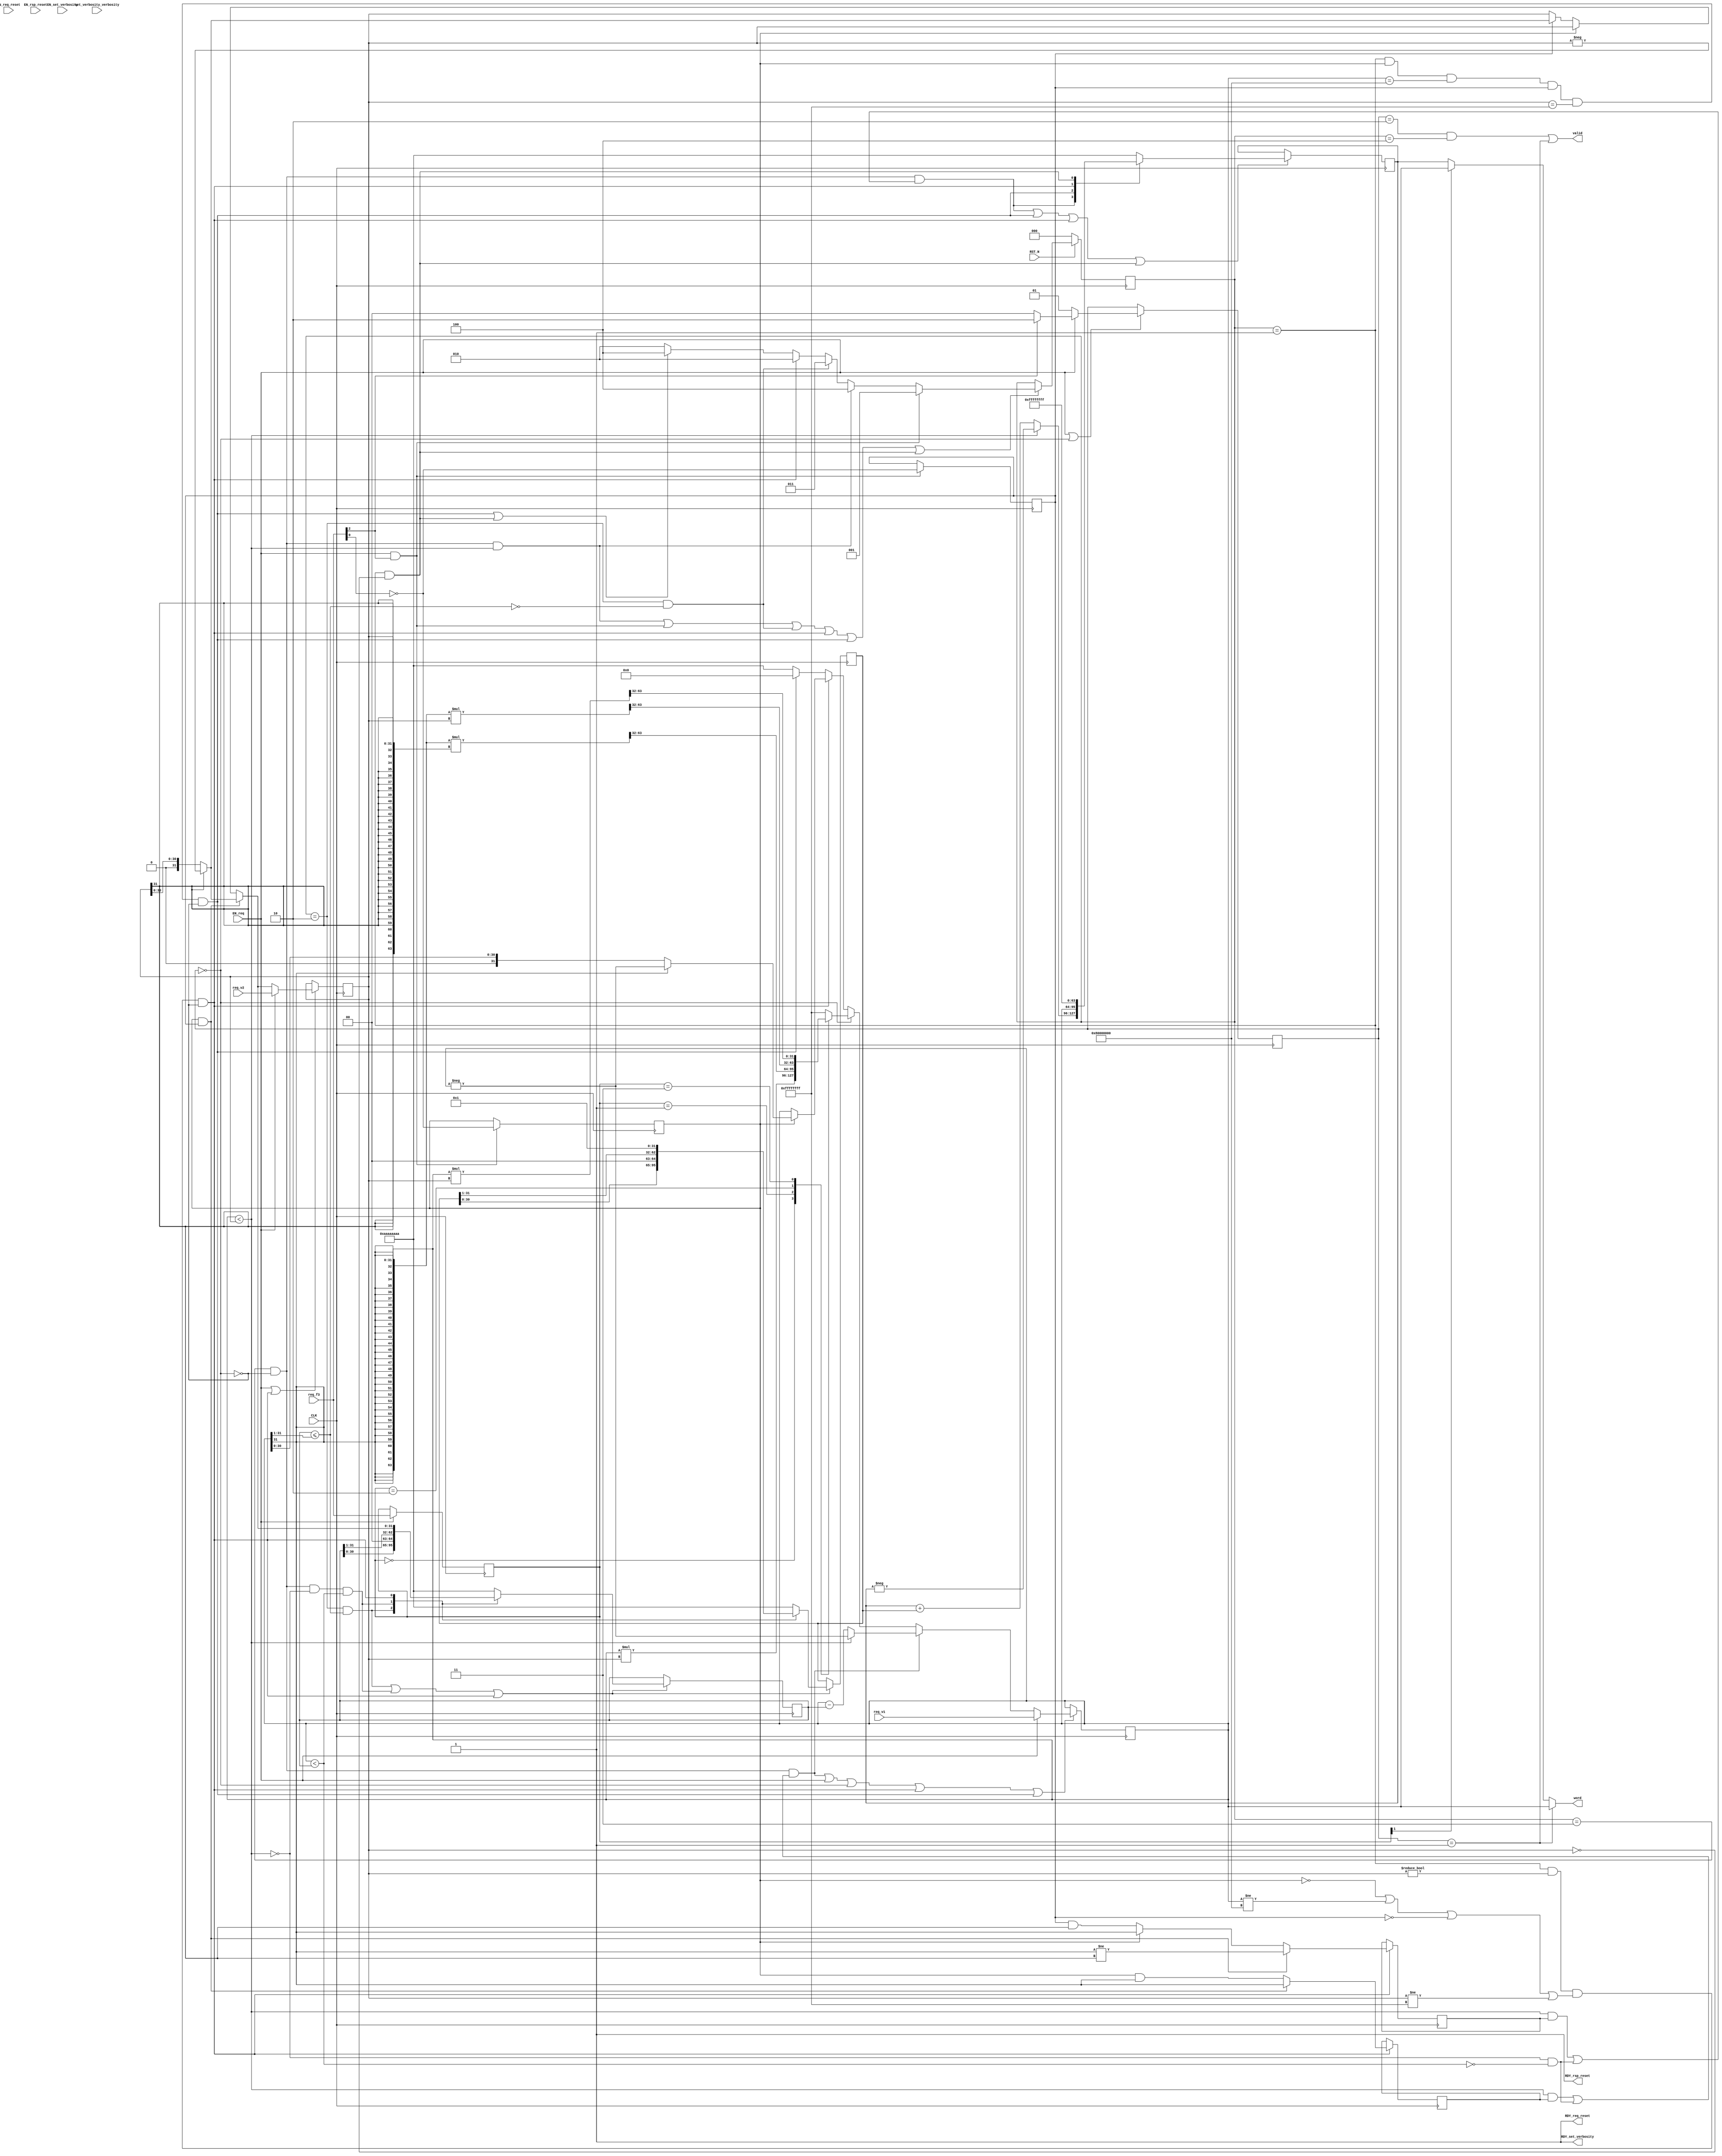
//
// Generated by Bluespec Compiler, version 2016.03.beta1 (build 34761, 2016-03-16)
//
// On Sat Jul  9 18:53:30 EDT 2016
//
//
// Ports:
// Name                         I/O  size props
// RDY_set_verbosity              O     1 const
// RDY_req_reset                  O     1 const
// RDY_rsp_reset                  O     1 const
// valid                          O     1
// word                           O    32
// CLK                            I     1 clock
// RST_N                          I     1 reset
// set_verbosity_verbosity        I     4 reg
// req_f3                         I     3
// req_v1                         I    32
// req_v2                         I    32
// EN_set_verbosity               I     1
// EN_req_reset                   I     1 unused
// EN_rsp_reset                   I     1 unused
// EN_req                         I     1
//
// No combinational paths from inputs to outputs
//
//

`ifdef BSV_ASSIGNMENT_DELAY
`else
  `define BSV_ASSIGNMENT_DELAY
`endif

`ifdef BSV_POSITIVE_RESET
  `define BSV_RESET_VALUE 1'b1
  `define BSV_RESET_EDGE posedge
`else
  `define BSV_RESET_VALUE 1'b0
  `define BSV_RESET_EDGE negedge
`endif

module mkRISCV_MBox(CLK,
		    RST_N,

		    set_verbosity_verbosity,
		    EN_set_verbosity,
		    RDY_set_verbosity,

		    EN_req_reset,
		    RDY_req_reset,

		    EN_rsp_reset,
		    RDY_rsp_reset,

		    req_f3,
		    req_v1,
		    req_v2,
		    EN_req,

		    valid,

		    word);
  input  CLK;
  input  RST_N;

  // action method set_verbosity
  input  [3 : 0] set_verbosity_verbosity;
  input  EN_set_verbosity;
  output RDY_set_verbosity;

  // action method req_reset
  input  EN_req_reset;
  output RDY_req_reset;

  // action method rsp_reset
  input  EN_rsp_reset;
  output RDY_rsp_reset;

  // action method req
  input  [2 : 0] req_f3;
  input  [31 : 0] req_v1;
  input  [31 : 0] req_v2;
  input  EN_req;

  // value method valid
  output valid;

  // value method word
  output [31 : 0] word;

  // signals for module outputs
  wire [31 : 0] word;
  wire RDY_req_reset, RDY_rsp_reset, RDY_set_verbosity, valid;

  // inlined wires
  wire dw_valid$whas;

  // register cfg_verbosity
  reg [3 : 0] cfg_verbosity;
  wire [3 : 0] cfg_verbosity$D_IN;
  wire cfg_verbosity$EN;

  // register intDiv_rg_denom2
  reg [31 : 0] intDiv_rg_denom2;
  reg [31 : 0] intDiv_rg_denom2$D_IN;
  wire intDiv_rg_denom2$EN;

  // register intDiv_rg_denom_is_signed
  reg intDiv_rg_denom_is_signed;
  wire intDiv_rg_denom_is_signed$D_IN, intDiv_rg_denom_is_signed$EN;

  // register intDiv_rg_n
  reg [31 : 0] intDiv_rg_n;
  reg [31 : 0] intDiv_rg_n$D_IN;
  wire intDiv_rg_n$EN;

  // register intDiv_rg_numer_is_signed
  reg intDiv_rg_numer_is_signed;
  wire intDiv_rg_numer_is_signed$D_IN, intDiv_rg_numer_is_signed$EN;

  // register intDiv_rg_quo
  reg [31 : 0] intDiv_rg_quo;
  reg [31 : 0] intDiv_rg_quo$D_IN;
  wire intDiv_rg_quo$EN;

  // register intDiv_rg_quoIsNeg
  reg intDiv_rg_quoIsNeg;
  wire intDiv_rg_quoIsNeg$D_IN, intDiv_rg_quoIsNeg$EN;

  // register intDiv_rg_remIsNeg
  reg intDiv_rg_remIsNeg;
  wire intDiv_rg_remIsNeg$D_IN, intDiv_rg_remIsNeg$EN;

  // register intDiv_rg_state
  reg [2 : 0] intDiv_rg_state;
  reg [2 : 0] intDiv_rg_state$D_IN;
  wire intDiv_rg_state$EN;

  // register rg_f3
  reg [2 : 0] rg_f3;
  wire [2 : 0] rg_f3$D_IN;
  wire rg_f3$EN;

  // register rg_state
  reg [1 : 0] rg_state;
  wire [1 : 0] rg_state$D_IN;
  wire rg_state$EN;

  // register rg_v1
  reg [31 : 0] rg_v1;
  reg [31 : 0] rg_v1$D_IN;
  wire rg_v1$EN;

  // register rg_v2
  reg [31 : 0] rg_v2;
  wire [31 : 0] rg_v2$D_IN;
  wire rg_v2$EN;

  // rule scheduling signals
  wire CAN_FIRE_RL_intDiv_rl_loop1,
       CAN_FIRE_RL_intDiv_rl_loop2,
       CAN_FIRE_RL_intDiv_rl_start_div_by_zero,
       CAN_FIRE_RL_intDiv_rl_start_overflow,
       CAN_FIRE_RL_intDiv_rl_start_s,
       CAN_FIRE_RL_rg_div_rem,
       CAN_FIRE_RL_rl_mul,
       CAN_FIRE_RL_rl_mul2,
       CAN_FIRE_req,
       CAN_FIRE_req_reset,
       CAN_FIRE_rsp_reset,
       CAN_FIRE_set_verbosity,
       WILL_FIRE_RL_intDiv_rl_loop1,
       WILL_FIRE_RL_intDiv_rl_loop2,
       WILL_FIRE_RL_intDiv_rl_start_div_by_zero,
       WILL_FIRE_RL_intDiv_rl_start_overflow,
       WILL_FIRE_RL_intDiv_rl_start_s,
       WILL_FIRE_RL_rg_div_rem,
       WILL_FIRE_RL_rl_mul,
       WILL_FIRE_RL_rl_mul2,
       WILL_FIRE_req,
       WILL_FIRE_req_reset,
       WILL_FIRE_rsp_reset,
       WILL_FIRE_set_verbosity;

  // inputs to muxes for submodule ports
  reg [31 : 0] MUX_rg_v1$write_1__VAL_3;
  wire [31 : 0] MUX_dw_result$wset_1__VAL_2,
		MUX_intDiv_rg_denom2$write_1__VAL_1,
		MUX_intDiv_rg_denom2$write_1__VAL_2,
		MUX_intDiv_rg_denom2$write_1__VAL_3,
		MUX_intDiv_rg_n$write_1__VAL_1,
		MUX_intDiv_rg_n$write_1__VAL_2,
		MUX_intDiv_rg_quo$write_1__VAL_1,
		MUX_rg_v1$write_1__VAL_2,
		MUX_rg_v1$write_1__VAL_4;
  wire [1 : 0] MUX_rg_state$write_1__VAL_1;
  wire MUX_intDiv_rg_denom2$write_1__SEL_1,
       MUX_intDiv_rg_denom2$write_1__SEL_2,
       MUX_intDiv_rg_quo$write_1__SEL_1,
       MUX_intDiv_rg_state$write_1__SEL_1,
       MUX_intDiv_rg_state$write_1__SEL_2,
       MUX_intDiv_rg_state$write_1__SEL_3,
       MUX_rg_v1$write_1__SEL_2;

  // remaining internal signals
  reg [31 : 0] v__h3220, v__h3226;
  wire [127 : 0] SEXT_rg_v1__8_MUL_0_CONCAT_rg_v2_03___d106,
		 SEXT_rg_v1__8_MUL_SEXT_rg_v2__9___d100,
		 _0_CONCAT_rg_v1_02_MUL_0_CONCAT_rg_v2_03___d104;
  wire [63 : 0] SEXT_rg_v1____d98, rg_v1_MUL_rg_v2___d96, v1__h3114;
  wire [31 : 0] _theResult___fst__h756,
		_theResult___snd_fst__h751,
		denom___1__h698,
		numer___1__h697,
		x__h2580,
		x__h2666,
		x__h2736,
		x__h2751,
		y__h2459;
  wire IF_intDiv_rg_numer_is_signed_THEN_rg_v1_BIT_31_ETC___d39,
       intDiv_rg_denom2_4_ULE_0_CONCAT_rg_v1_BITS_31__ETC___d47,
       rg_v1_ULT_intDiv_rg_denom2_4___d59,
       rg_v1_ULT_rg_v2___d55;

  // action method set_verbosity
  assign RDY_set_verbosity = 1'd1 ;
  assign CAN_FIRE_set_verbosity = 1'd1 ;
  assign WILL_FIRE_set_verbosity = EN_set_verbosity ;

  // action method req_reset
  assign RDY_req_reset = 1'd1 ;
  assign CAN_FIRE_req_reset = 1'd1 ;
  assign WILL_FIRE_req_reset = EN_req_reset ;

  // action method rsp_reset
  assign RDY_rsp_reset = 1'd1 ;
  assign CAN_FIRE_rsp_reset = 1'd1 ;
  assign WILL_FIRE_rsp_reset = EN_rsp_reset ;

  // action method req
  assign CAN_FIRE_req = 1'd1 ;
  assign WILL_FIRE_req = EN_req ;

  // value method valid
  assign valid = dw_valid$whas ;

  // value method word
  assign word = WILL_FIRE_RL_rl_mul2 ? rg_v1 : MUX_dw_result$wset_1__VAL_2 ;

  // rule RL_rl_mul2
  assign CAN_FIRE_RL_rl_mul2 = rg_state == 2'd1 ;
  assign WILL_FIRE_RL_rl_mul2 = CAN_FIRE_RL_rl_mul2 ;

  // rule RL_rg_div_rem
  assign CAN_FIRE_RL_rg_div_rem =
	     rg_state == 2'd2 && intDiv_rg_state == 3'd4 ;
  assign WILL_FIRE_RL_rg_div_rem = CAN_FIRE_RL_rg_div_rem ;

  // rule RL_intDiv_rl_start_div_by_zero
  assign CAN_FIRE_RL_intDiv_rl_start_div_by_zero =
	     intDiv_rg_state == 3'd1 && rg_v2 == 32'd0 ;
  assign WILL_FIRE_RL_intDiv_rl_start_div_by_zero =
	     CAN_FIRE_RL_intDiv_rl_start_div_by_zero ;

  // rule RL_intDiv_rl_start_overflow
  assign CAN_FIRE_RL_intDiv_rl_start_overflow =
	     intDiv_rg_state == 3'd1 && intDiv_rg_numer_is_signed &&
	     rg_v1 == 32'h80000000 &&
	     intDiv_rg_denom_is_signed &&
	     rg_v2 == 32'hFFFFFFFF ;
  assign WILL_FIRE_RL_intDiv_rl_start_overflow =
	     CAN_FIRE_RL_intDiv_rl_start_overflow && !WILL_FIRE_RL_rl_mul ;

  // rule RL_intDiv_rl_start_s
  assign CAN_FIRE_RL_intDiv_rl_start_s =
	     intDiv_rg_state == 3'd1 && rg_v2 != 32'd0 &&
	     (!intDiv_rg_numer_is_signed || rg_v1 != 32'h80000000 ||
	      !intDiv_rg_denom_is_signed ||
	      rg_v2 != 32'hFFFFFFFF) ;
  assign WILL_FIRE_RL_intDiv_rl_start_s =
	     CAN_FIRE_RL_intDiv_rl_start_s && !WILL_FIRE_RL_rl_mul ;

  // rule RL_intDiv_rl_loop1
  assign CAN_FIRE_RL_intDiv_rl_loop1 = intDiv_rg_state == 3'd2 ;
  assign WILL_FIRE_RL_intDiv_rl_loop1 = CAN_FIRE_RL_intDiv_rl_loop1 ;

  // rule RL_rl_mul
  assign CAN_FIRE_RL_rl_mul = rg_state == 2'd0 ;
  assign WILL_FIRE_RL_rl_mul = rg_state == 2'd0 ;

  // rule RL_intDiv_rl_loop2
  assign CAN_FIRE_RL_intDiv_rl_loop2 = intDiv_rg_state == 3'd3 ;
  assign WILL_FIRE_RL_intDiv_rl_loop2 =
	     CAN_FIRE_RL_intDiv_rl_loop2 && !WILL_FIRE_RL_rl_mul ;

  // inputs to muxes for submodule ports
  assign MUX_intDiv_rg_denom2$write_1__SEL_1 =
	     WILL_FIRE_RL_intDiv_rl_loop1 &&
	     intDiv_rg_denom2_4_ULE_0_CONCAT_rg_v1_BITS_31__ETC___d47 ;
  assign MUX_intDiv_rg_denom2$write_1__SEL_2 =
	     WILL_FIRE_RL_intDiv_rl_loop2 && !rg_v1_ULT_rg_v2___d55 &&
	     rg_v1_ULT_intDiv_rg_denom2_4___d59 ;
  assign MUX_intDiv_rg_quo$write_1__SEL_1 =
	     WILL_FIRE_RL_intDiv_rl_loop2 &&
	     (rg_v1_ULT_rg_v2___d55 && intDiv_rg_quoIsNeg ||
	      !rg_v1_ULT_rg_v2___d55 && !rg_v1_ULT_intDiv_rg_denom2_4___d59) ;
  assign MUX_intDiv_rg_state$write_1__SEL_1 = EN_req && req_f3[2] ;
  assign MUX_intDiv_rg_state$write_1__SEL_2 =
	     WILL_FIRE_RL_intDiv_rl_loop2 && rg_v1_ULT_rg_v2___d55 ;
  assign MUX_intDiv_rg_state$write_1__SEL_3 =
	     WILL_FIRE_RL_intDiv_rl_loop1 &&
	     !intDiv_rg_denom2_4_ULE_0_CONCAT_rg_v1_BITS_31__ETC___d47 ;
  assign MUX_rg_v1$write_1__SEL_2 =
	     WILL_FIRE_RL_intDiv_rl_loop2 &&
	     (rg_v1_ULT_rg_v2___d55 && intDiv_rg_remIsNeg ||
	      !rg_v1_ULT_rg_v2___d55 && !rg_v1_ULT_intDiv_rg_denom2_4___d59) ;
  assign MUX_dw_result$wset_1__VAL_2 = rg_f3[1] ? rg_v1 : intDiv_rg_quo ;
  assign MUX_intDiv_rg_denom2$write_1__VAL_1 =
	     { intDiv_rg_denom2[30:0], 1'd0 } ;
  assign MUX_intDiv_rg_denom2$write_1__VAL_2 =
	     { 1'd0, intDiv_rg_denom2[31:1] } ;
  assign MUX_intDiv_rg_denom2$write_1__VAL_3 =
	     (intDiv_rg_numer_is_signed && intDiv_rg_denom_is_signed) ?
	       denom___1__h698 :
	       _theResult___snd_fst__h751 ;
  assign MUX_intDiv_rg_n$write_1__VAL_1 = { intDiv_rg_n[30:0], 1'd0 } ;
  assign MUX_intDiv_rg_n$write_1__VAL_2 = { 1'd0, intDiv_rg_n[31:1] } ;
  assign MUX_intDiv_rg_quo$write_1__VAL_1 =
	     rg_v1_ULT_rg_v2___d55 ? x__h2666 : x__h2751 ;
  assign MUX_rg_state$write_1__VAL_1 = req_f3[2] ? 2'd2 : 2'd0 ;
  assign MUX_rg_v1$write_1__VAL_2 =
	     rg_v1_ULT_rg_v2___d55 ? x__h2736 : x__h2580 ;
  always@(rg_f3 or
	  rg_v1_MUL_rg_v2___d96 or
	  SEXT_rg_v1__8_MUL_SEXT_rg_v2__9___d100 or
	  SEXT_rg_v1__8_MUL_0_CONCAT_rg_v2_03___d106 or
	  _0_CONCAT_rg_v1_02_MUL_0_CONCAT_rg_v2_03___d104)
  begin
    case (rg_f3)
      3'b0: MUX_rg_v1$write_1__VAL_3 = rg_v1_MUL_rg_v2___d96[31:0];
      3'b001:
	  MUX_rg_v1$write_1__VAL_3 =
	      SEXT_rg_v1__8_MUL_SEXT_rg_v2__9___d100[63:32];
      3'b010:
	  MUX_rg_v1$write_1__VAL_3 =
	      SEXT_rg_v1__8_MUL_0_CONCAT_rg_v2_03___d106[63:32];
      3'b011:
	  MUX_rg_v1$write_1__VAL_3 =
	      _0_CONCAT_rg_v1_02_MUL_0_CONCAT_rg_v2_03___d104[63:32];
      default: MUX_rg_v1$write_1__VAL_3 = 32'hFFFFFFFF;
    endcase
  end
  assign MUX_rg_v1$write_1__VAL_4 =
	     intDiv_rg_numer_is_signed ? numer___1__h697 : rg_v1 ;

  // inlined wires
  assign dw_valid$whas = WILL_FIRE_RL_rg_div_rem || WILL_FIRE_RL_rl_mul2 ;

  // register cfg_verbosity
  assign cfg_verbosity$D_IN = set_verbosity_verbosity ;
  assign cfg_verbosity$EN = EN_set_verbosity ;

  // register intDiv_rg_denom2
  always@(MUX_intDiv_rg_denom2$write_1__SEL_1 or
	  MUX_intDiv_rg_denom2$write_1__VAL_1 or
	  MUX_intDiv_rg_denom2$write_1__SEL_2 or
	  MUX_intDiv_rg_denom2$write_1__VAL_2 or
	  WILL_FIRE_RL_intDiv_rl_start_s or
	  MUX_intDiv_rg_denom2$write_1__VAL_3)
  begin
    case (1'b1) // synopsys parallel_case
      MUX_intDiv_rg_denom2$write_1__SEL_1:
	  intDiv_rg_denom2$D_IN = MUX_intDiv_rg_denom2$write_1__VAL_1;
      MUX_intDiv_rg_denom2$write_1__SEL_2:
	  intDiv_rg_denom2$D_IN = MUX_intDiv_rg_denom2$write_1__VAL_2;
      WILL_FIRE_RL_intDiv_rl_start_s:
	  intDiv_rg_denom2$D_IN = MUX_intDiv_rg_denom2$write_1__VAL_3;
      default: intDiv_rg_denom2$D_IN = 32'hAAAAAAAA /* unspecified value */ ;
    endcase
  end
  assign intDiv_rg_denom2$EN =
	     WILL_FIRE_RL_intDiv_rl_loop1 &&
	     intDiv_rg_denom2_4_ULE_0_CONCAT_rg_v1_BITS_31__ETC___d47 ||
	     WILL_FIRE_RL_intDiv_rl_loop2 && !rg_v1_ULT_rg_v2___d55 &&
	     rg_v1_ULT_intDiv_rg_denom2_4___d59 ||
	     WILL_FIRE_RL_intDiv_rl_start_s ;

  // register intDiv_rg_denom_is_signed
  assign intDiv_rg_denom_is_signed$D_IN = !req_f3[0] ;
  assign intDiv_rg_denom_is_signed$EN = MUX_intDiv_rg_state$write_1__SEL_1 ;

  // register intDiv_rg_n
  always@(MUX_intDiv_rg_denom2$write_1__SEL_1 or
	  MUX_intDiv_rg_n$write_1__VAL_1 or
	  MUX_intDiv_rg_denom2$write_1__SEL_2 or
	  MUX_intDiv_rg_n$write_1__VAL_2 or WILL_FIRE_RL_intDiv_rl_start_s)
  begin
    case (1'b1) // synopsys parallel_case
      MUX_intDiv_rg_denom2$write_1__SEL_1:
	  intDiv_rg_n$D_IN = MUX_intDiv_rg_n$write_1__VAL_1;
      MUX_intDiv_rg_denom2$write_1__SEL_2:
	  intDiv_rg_n$D_IN = MUX_intDiv_rg_n$write_1__VAL_2;
      WILL_FIRE_RL_intDiv_rl_start_s: intDiv_rg_n$D_IN = 32'd1;
      default: intDiv_rg_n$D_IN = 32'hAAAAAAAA /* unspecified value */ ;
    endcase
  end
  assign intDiv_rg_n$EN =
	     WILL_FIRE_RL_intDiv_rl_loop1 &&
	     intDiv_rg_denom2_4_ULE_0_CONCAT_rg_v1_BITS_31__ETC___d47 ||
	     WILL_FIRE_RL_intDiv_rl_loop2 && !rg_v1_ULT_rg_v2___d55 &&
	     rg_v1_ULT_intDiv_rg_denom2_4___d59 ||
	     WILL_FIRE_RL_intDiv_rl_start_s ;

  // register intDiv_rg_numer_is_signed
  assign intDiv_rg_numer_is_signed$D_IN = !req_f3[0] ;
  assign intDiv_rg_numer_is_signed$EN = MUX_intDiv_rg_state$write_1__SEL_1 ;

  // register intDiv_rg_quo
  always@(MUX_intDiv_rg_quo$write_1__SEL_1 or
	  MUX_intDiv_rg_quo$write_1__VAL_1 or
	  WILL_FIRE_RL_intDiv_rl_start_overflow or
	  rg_v1 or
	  WILL_FIRE_RL_intDiv_rl_start_s or
	  WILL_FIRE_RL_intDiv_rl_start_div_by_zero)
  begin
    case (1'b1) // synopsys parallel_case
      MUX_intDiv_rg_quo$write_1__SEL_1:
	  intDiv_rg_quo$D_IN = MUX_intDiv_rg_quo$write_1__VAL_1;
      WILL_FIRE_RL_intDiv_rl_start_overflow: intDiv_rg_quo$D_IN = rg_v1;
      WILL_FIRE_RL_intDiv_rl_start_s: intDiv_rg_quo$D_IN = 32'd0;
      WILL_FIRE_RL_intDiv_rl_start_div_by_zero:
	  intDiv_rg_quo$D_IN = 32'hFFFFFFFF;
      default: intDiv_rg_quo$D_IN = 32'hAAAAAAAA /* unspecified value */ ;
    endcase
  end
  assign intDiv_rg_quo$EN =
	     MUX_intDiv_rg_quo$write_1__SEL_1 ||
	     WILL_FIRE_RL_intDiv_rl_start_overflow ||
	     WILL_FIRE_RL_intDiv_rl_start_s ||
	     WILL_FIRE_RL_intDiv_rl_start_div_by_zero ;

  // register intDiv_rg_quoIsNeg
  assign intDiv_rg_quoIsNeg$D_IN =
	     (intDiv_rg_numer_is_signed && intDiv_rg_denom_is_signed) ?
	       rg_v1[31] != rg_v2[31] :
	       IF_intDiv_rg_numer_is_signed_THEN_rg_v1_BIT_31_ETC___d39 ;
  assign intDiv_rg_quoIsNeg$EN = WILL_FIRE_RL_intDiv_rl_start_s ;

  // register intDiv_rg_remIsNeg
  assign intDiv_rg_remIsNeg$D_IN =
	     (intDiv_rg_numer_is_signed && intDiv_rg_denom_is_signed) ?
	       rg_v1[31] :
	       intDiv_rg_numer_is_signed && rg_v1[31] ;
  assign intDiv_rg_remIsNeg$EN = WILL_FIRE_RL_intDiv_rl_start_s ;

  // register intDiv_rg_state
  always@(MUX_intDiv_rg_state$write_1__SEL_1 or
	  MUX_intDiv_rg_state$write_1__SEL_2 or
	  MUX_intDiv_rg_state$write_1__SEL_3 or
	  WILL_FIRE_RL_intDiv_rl_start_s or
	  WILL_FIRE_RL_intDiv_rl_start_overflow or
	  WILL_FIRE_RL_intDiv_rl_start_div_by_zero)
  case (1'b1)
    MUX_intDiv_rg_state$write_1__SEL_1: intDiv_rg_state$D_IN = 3'd1;
    MUX_intDiv_rg_state$write_1__SEL_2: intDiv_rg_state$D_IN = 3'd4;
    MUX_intDiv_rg_state$write_1__SEL_3: intDiv_rg_state$D_IN = 3'd3;
    WILL_FIRE_RL_intDiv_rl_start_s: intDiv_rg_state$D_IN = 3'd2;
    WILL_FIRE_RL_intDiv_rl_start_overflow ||
    WILL_FIRE_RL_intDiv_rl_start_div_by_zero:
	intDiv_rg_state$D_IN = 3'd4;
    default: intDiv_rg_state$D_IN = 3'b010 /* unspecified value */ ;
  endcase
  assign intDiv_rg_state$EN =
	     WILL_FIRE_RL_intDiv_rl_loop2 && rg_v1_ULT_rg_v2___d55 ||
	     EN_req && req_f3[2] ||
	     WILL_FIRE_RL_intDiv_rl_loop1 &&
	     !intDiv_rg_denom2_4_ULE_0_CONCAT_rg_v1_BITS_31__ETC___d47 ||
	     WILL_FIRE_RL_intDiv_rl_start_s ||
	     WILL_FIRE_RL_intDiv_rl_start_overflow ||
	     WILL_FIRE_RL_intDiv_rl_start_div_by_zero ;

  // register rg_f3
  assign rg_f3$D_IN = req_f3 ;
  assign rg_f3$EN = EN_req ;

  // register rg_state
  assign rg_state$D_IN = EN_req ? MUX_rg_state$write_1__VAL_1 : 2'd1 ;
  assign rg_state$EN = EN_req || WILL_FIRE_RL_rl_mul ;

  // register rg_v1
  always@(EN_req or
	  req_v1 or
	  MUX_rg_v1$write_1__SEL_2 or
	  MUX_rg_v1$write_1__VAL_2 or
	  WILL_FIRE_RL_rl_mul or
	  MUX_rg_v1$write_1__VAL_3 or
	  WILL_FIRE_RL_intDiv_rl_start_s or
	  MUX_rg_v1$write_1__VAL_4 or WILL_FIRE_RL_intDiv_rl_start_overflow)
  case (1'b1)
    EN_req: rg_v1$D_IN = req_v1;
    MUX_rg_v1$write_1__SEL_2: rg_v1$D_IN = MUX_rg_v1$write_1__VAL_2;
    WILL_FIRE_RL_rl_mul: rg_v1$D_IN = MUX_rg_v1$write_1__VAL_3;
    WILL_FIRE_RL_intDiv_rl_start_s: rg_v1$D_IN = MUX_rg_v1$write_1__VAL_4;
    WILL_FIRE_RL_intDiv_rl_start_overflow: rg_v1$D_IN = 32'd0;
    default: rg_v1$D_IN = 32'hAAAAAAAA /* unspecified value */ ;
  endcase
  assign rg_v1$EN =
	     MUX_rg_v1$write_1__SEL_2 || EN_req || WILL_FIRE_RL_rl_mul ||
	     WILL_FIRE_RL_intDiv_rl_start_s ||
	     WILL_FIRE_RL_intDiv_rl_start_overflow ;

  // register rg_v2
  assign rg_v2$D_IN = EN_req ? req_v2 : MUX_intDiv_rg_denom2$write_1__VAL_3 ;
  assign rg_v2$EN = EN_req || WILL_FIRE_RL_intDiv_rl_start_s ;

  // remaining internal signals
  assign IF_intDiv_rg_numer_is_signed_THEN_rg_v1_BIT_31_ETC___d39 =
	     intDiv_rg_numer_is_signed ?
	       rg_v1[31] :
	       intDiv_rg_denom_is_signed && rg_v2[31] ;
  assign SEXT_rg_v1__8_MUL_0_CONCAT_rg_v2_03___d106 =
	     SEXT_rg_v1____d98 * { 32'd0, rg_v2 } ;
  assign SEXT_rg_v1__8_MUL_SEXT_rg_v2__9___d100 =
	     SEXT_rg_v1____d98 * { {32{rg_v2[31]}}, rg_v2 } ;
  assign SEXT_rg_v1____d98 = { {32{rg_v1[31]}}, rg_v1 } ;
  assign _0_CONCAT_rg_v1_02_MUL_0_CONCAT_rg_v2_03___d104 =
	     v1__h3114 * { 32'd0, rg_v2 } ;
  assign _theResult___fst__h756 =
	     intDiv_rg_denom_is_signed ? denom___1__h698 : rg_v2 ;
  assign _theResult___snd_fst__h751 =
	     intDiv_rg_numer_is_signed ? rg_v2 : _theResult___fst__h756 ;
  assign denom___1__h698 = rg_v2[31] ? -rg_v2 : rg_v2 ;
  assign intDiv_rg_denom2_4_ULE_0_CONCAT_rg_v1_BITS_31__ETC___d47 =
	     intDiv_rg_denom2 <= y__h2459 ;
  assign numer___1__h697 = rg_v1[31] ? x__h2736 : rg_v1 ;
  assign rg_v1_MUL_rg_v2___d96 = rg_v1 * rg_v2 ;
  assign rg_v1_ULT_intDiv_rg_denom2_4___d59 = rg_v1 < intDiv_rg_denom2 ;
  assign rg_v1_ULT_rg_v2___d55 = rg_v1 < rg_v2 ;
  assign v1__h3114 = { 32'd0, rg_v1 } ;
  assign x__h2580 = rg_v1 - intDiv_rg_denom2 ;
  assign x__h2666 = -intDiv_rg_quo ;
  assign x__h2736 = -rg_v1 ;
  assign x__h2751 = intDiv_rg_quo + intDiv_rg_n ;
  assign y__h2459 = { 1'd0, rg_v1[31:1] } ;

  // handling of inlined registers

  always@(posedge CLK)
  begin
    if (RST_N == `BSV_RESET_VALUE)
      begin
        cfg_verbosity <= `BSV_ASSIGNMENT_DELAY 4'd0;
	intDiv_rg_state <= `BSV_ASSIGNMENT_DELAY 3'd0;
      end
    else
      begin
        if (cfg_verbosity$EN)
	  cfg_verbosity <= `BSV_ASSIGNMENT_DELAY cfg_verbosity$D_IN;
	if (intDiv_rg_state$EN)
	  intDiv_rg_state <= `BSV_ASSIGNMENT_DELAY intDiv_rg_state$D_IN;
      end
    if (intDiv_rg_denom2$EN)
      intDiv_rg_denom2 <= `BSV_ASSIGNMENT_DELAY intDiv_rg_denom2$D_IN;
    if (intDiv_rg_denom_is_signed$EN)
      intDiv_rg_denom_is_signed <= `BSV_ASSIGNMENT_DELAY
	  intDiv_rg_denom_is_signed$D_IN;
    if (intDiv_rg_n$EN) intDiv_rg_n <= `BSV_ASSIGNMENT_DELAY intDiv_rg_n$D_IN;
    if (intDiv_rg_numer_is_signed$EN)
      intDiv_rg_numer_is_signed <= `BSV_ASSIGNMENT_DELAY
	  intDiv_rg_numer_is_signed$D_IN;
    if (intDiv_rg_quo$EN)
      intDiv_rg_quo <= `BSV_ASSIGNMENT_DELAY intDiv_rg_quo$D_IN;
    if (intDiv_rg_quoIsNeg$EN)
      intDiv_rg_quoIsNeg <= `BSV_ASSIGNMENT_DELAY intDiv_rg_quoIsNeg$D_IN;
    if (intDiv_rg_remIsNeg$EN)
      intDiv_rg_remIsNeg <= `BSV_ASSIGNMENT_DELAY intDiv_rg_remIsNeg$D_IN;
    if (rg_f3$EN) rg_f3 <= `BSV_ASSIGNMENT_DELAY rg_f3$D_IN;
    if (rg_state$EN) rg_state <= `BSV_ASSIGNMENT_DELAY rg_state$D_IN;
    if (rg_v1$EN) rg_v1 <= `BSV_ASSIGNMENT_DELAY rg_v1$D_IN;
    if (rg_v2$EN) rg_v2 <= `BSV_ASSIGNMENT_DELAY rg_v2$D_IN;
  end

  // synopsys translate_off
  `ifdef BSV_NO_INITIAL_BLOCKS
  `else // not BSV_NO_INITIAL_BLOCKS
  initial
  begin
    cfg_verbosity = 4'hA;
    intDiv_rg_denom2 = 32'hAAAAAAAA;
    intDiv_rg_denom_is_signed = 1'h0;
    intDiv_rg_n = 32'hAAAAAAAA;
    intDiv_rg_numer_is_signed = 1'h0;
    intDiv_rg_quo = 32'hAAAAAAAA;
    intDiv_rg_quoIsNeg = 1'h0;
    intDiv_rg_remIsNeg = 1'h0;
    intDiv_rg_state = 3'h2;
    rg_f3 = 3'h2;
    rg_state = 2'h2;
    rg_v1 = 32'hAAAAAAAA;
    rg_v2 = 32'hAAAAAAAA;
  end
  `endif // BSV_NO_INITIAL_BLOCKS
  // synopsys translate_on

  // handling of system tasks

  // synopsys translate_off
  always@(negedge CLK)
  begin
    #0;
    if (RST_N != `BSV_RESET_VALUE)
      if (WILL_FIRE_RL_rl_mul && cfg_verbosity > 4'd1)
	$display("    RISCV_MBox.rl_mul");
    if (RST_N != `BSV_RESET_VALUE)
      if (WILL_FIRE_RL_rl_mul && rg_f3 != 3'b0 && rg_f3 != 3'b001 &&
	  rg_f3 != 3'b011 &&
	  rg_f3 != 3'b010)
	begin
	  v__h3226 = $stime;
	  #0;
	end
    v__h3220 = v__h3226 / 32'd10;
    if (RST_N != `BSV_RESET_VALUE)
      if (WILL_FIRE_RL_rl_mul && rg_f3 != 3'b0 && rg_f3 != 3'b001 &&
	  rg_f3 != 3'b011 &&
	  rg_f3 != 3'b010)
	$display("%0d: ERROR: RISCV_MBox.rl_mul: illegal f3.", v__h3220);
    if (RST_N != `BSV_RESET_VALUE)
      if (WILL_FIRE_RL_rl_mul && rg_f3 != 3'b0 && rg_f3 != 3'b001 &&
	  rg_f3 != 3'b011 &&
	  rg_f3 != 3'b010)
	$display("    f3 0x%0h  v1 0x%0h  v2 0x%0h", rg_f3, rg_v1, rg_v2);
    if (RST_N != `BSV_RESET_VALUE)
      if (WILL_FIRE_RL_rl_mul && rg_f3 != 3'b0 && rg_f3 != 3'b001 &&
	  rg_f3 != 3'b011 &&
	  rg_f3 != 3'b010)
	$finish(32'd1);
  end
  // synopsys translate_on
endmodule  // mkRISCV_MBox